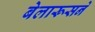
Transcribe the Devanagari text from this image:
बेलारूसने